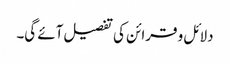
دلائل و قرائن کی تفصیل آئے گی۔